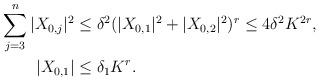
LaTeX: \begin{align*}\sum_{j=3}^n |X_{0,j}|^2 & \le \delta^2 (|X_{0,1}|^2 + |X_{0,2}|^2)^r \le 4 \delta^2 K^{2r}, \\ |X_{0,1}| &\le \delta_1 K^r. \end{align*}